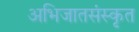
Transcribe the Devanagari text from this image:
अभिजातसंस्कृत